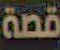
قصة